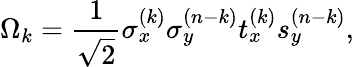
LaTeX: \Omega_{k}={\frac{1}{\sqrt{2}}}\sigma_{x}^{(k)}\sigma_{y}^{(n-k)}t_{x}^{(k)}s_{y}^{(n-k)},